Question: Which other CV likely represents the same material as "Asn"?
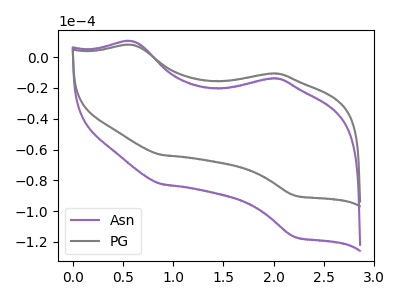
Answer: <think>The purple curve "Asn" has anodic peaks at (0.60V, 10.25uA) (1.95V, -13.85uA) and cathodic peaks at (0.90V, -82.55uA) (2.20V, -117.05uA). The gray curve "PG" has anodic peaks at (0.60V, 7.90uA) (1.95V, -10.65uA) and cathodic peaks at (0.90V, -63.50uA) (2.20V, -90.05uA).
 All the peaks in "Asn" have a peak in "PG" at the same potential.</think>
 <answer>The CV with the most similar shape to "PG" is "Asn".</answer>
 <eval>"Asn"</eval>